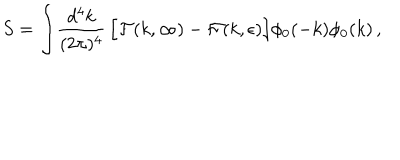
S = \int \! { \frac { d ^ { 4 } k } { ( 2 \pi ) ^ { 4 } } } \, \Bigl [ { \cal F } ( k , \infty ) - { \cal F } ( k , \epsilon ) \Bigr ] \phi _ { 0 } ( - k ) \phi _ { 0 } ( k ) \, ,